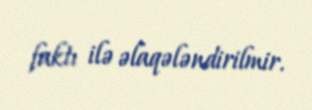
faktı ilə əlaqələndirilmir.